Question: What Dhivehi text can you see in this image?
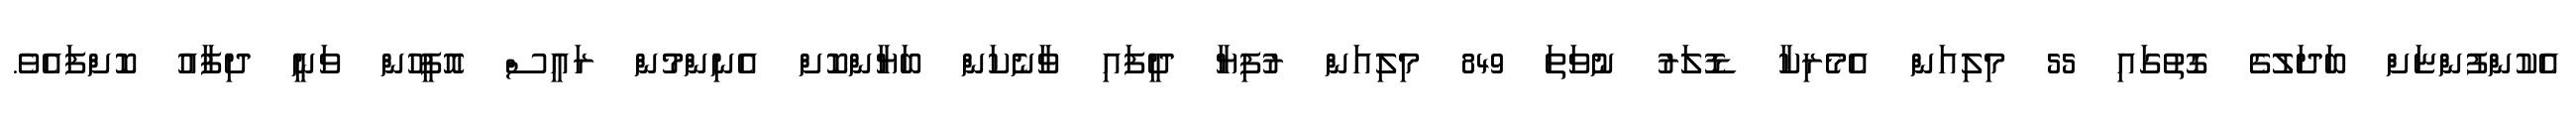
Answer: އެކުންފުންޏަށް ބަދަލުގެ ގޮތުގައި 55 މިލިއަން އެމެރިކާ ޑޮލަރު ނުވަތަ 849 މިލިއަން ރުފިޔާ ދީފައި ވާނެކަން ބަޔާންކޮށް އެނިންމުން ރައީސް އޮފީހުން ވަނީ ދިފާއު ކޮށްފައެވެ.